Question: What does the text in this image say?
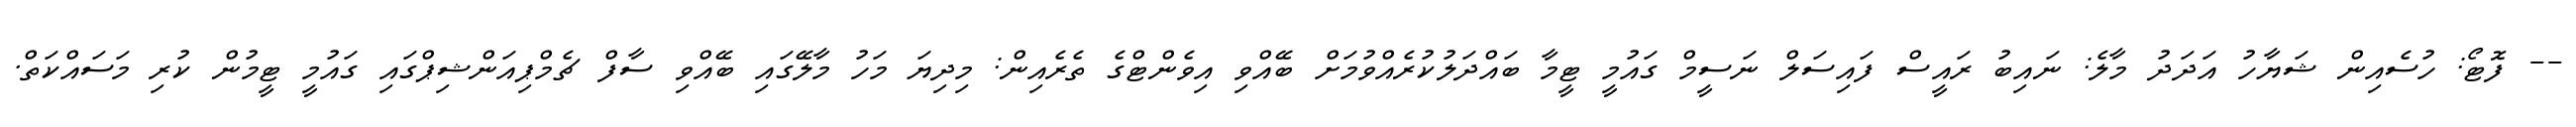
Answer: -- ފޮޓޯ: ހުސެއިން ޝަޔާހު އަދަދު މާލެ: ނައިބު ރައީސް ފައިސަލް ނަސީމް ގައުމީ ޓީމާ ބައްދަލުކުރެއްވުމަށް ބޭއްވި އިވެންޓްގެ ތެރެއިން: މިދިޔަ މަހު މާލޭގައި ބޭއްވި ސާފް ޗެމްޕިއަންޝިޕްގައި ގައުމީ ޓީމުން ކުރި މަސައްކަތް.